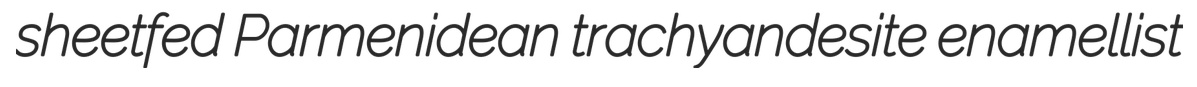
sheetfed Parmenidean trachyandesite enamellist